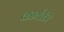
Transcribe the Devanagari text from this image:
कार्यतंत्रे